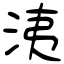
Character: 洟